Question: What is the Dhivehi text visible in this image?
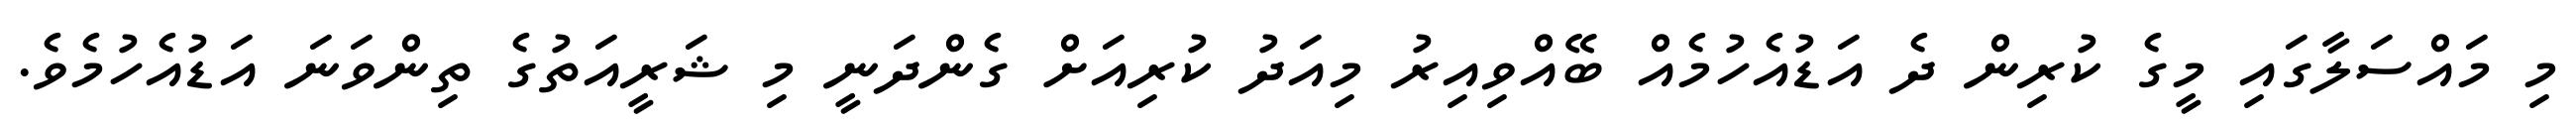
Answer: މި މައްސަލާގައި މީގެ ކުރިން ދެ އަޑުއެހުމެއް ބޭއްވިއިރު މިއަދު ކުރިއަށް ގެންދަނީ މި ޝަރީއަތުގެ ތިންވަނަ އަޑުއެހުމެވެ.